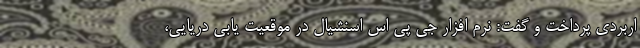
اربردی پرداخت و گفت: نرم افزار جی پی اس اسنشیال در موقعیت یابی دریایی،